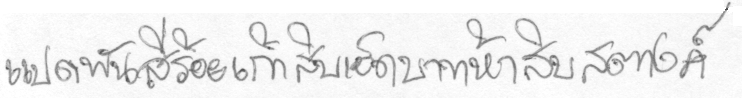
แปดพันสี่ร้อยเก้าสิบเอ็ดบาทห้าสิบสตางค์